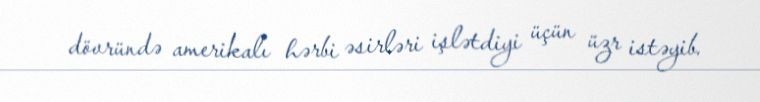
dövründə amerikalı hərbi əsirləri işlətdiyi üçün üzr istəyib.